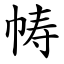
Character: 帱